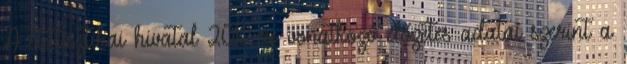
A statisztikai hivatal 2012-re vonatkozó előzetes adatai szerint a